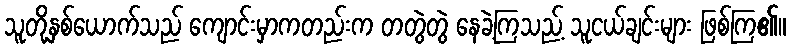
သူတို့နှစ်ယောက်သည် ကျောင်းမှာကတည်းက တတွဲတွဲ နေခဲ့ကြသည့် သူငယ်ချင်းများ ဖြစ်ကြ၏။